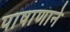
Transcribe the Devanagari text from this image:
पाषाणाने